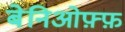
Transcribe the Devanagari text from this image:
बेनिओफ़्फ़